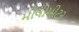
મીલીમીટર